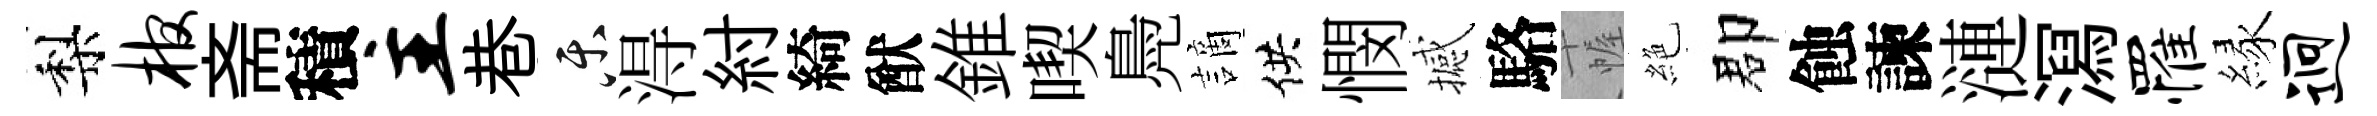
梨棺斋積主巷乐淂紂綺猷錐喫鳧謫供憫撼駱幄絶郡蝕諫漣㵼罹縁迥